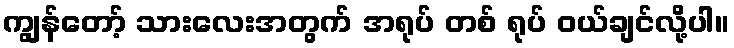
ကျွန်တော့် သားလေးအတွက် အရုပ် တစ် ရုပ် ဝယ်ချင်လို့ပါ။